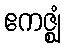
ဧကဇ္ဈံ